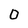
Character: O